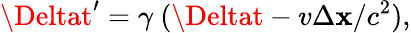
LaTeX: \Deltat^{\prime}=\gamma\ (\Deltat-v\Delta\mathbf{x}/c^{2}),